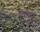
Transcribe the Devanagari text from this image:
लियोट्टा